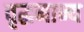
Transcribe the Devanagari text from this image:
वृद्धमान्य